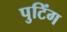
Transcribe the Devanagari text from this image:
पुटिंग